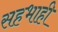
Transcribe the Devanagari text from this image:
सहभाही